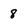
Character: 8